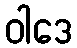
ဝါဒေ